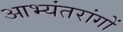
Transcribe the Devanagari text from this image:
आभ्यंतरांगों